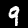
Digit: 9